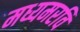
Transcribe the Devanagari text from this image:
मध्यमरवि